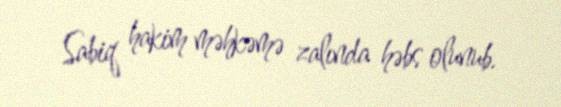
Sabiq hakim məhkəmə zalında həbs olunub.